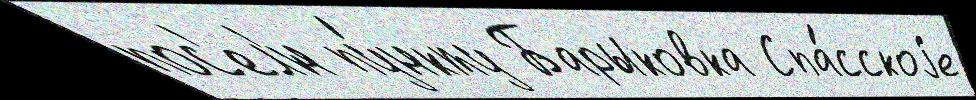
пос'ел'́н пу́нкту Барыковка Спа́сскоjе